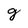
Character: g